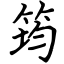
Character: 筠